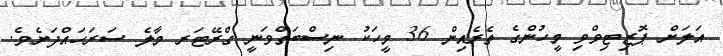
އަލަށް ޕޮޒިޓިވްވި މީހުންގެ ތެރެއިން 36 މީހަކު ނިސްބަތްވަނީ ގްރޭޓަރ މާލެ ސަރަހައްދަށެވެ.